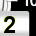
Digit: 2